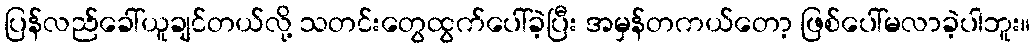
ပြန်လည်ခေါ်ယူချင်တယ်လို့ သတင်းတွေထွက်ပေါ်ခဲ့ပြီး အမှန်တကယ်တော့ ဖြစ်ပေါ်မလာခဲ့ပါဘူး။